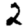
Digit: 2